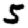
Digit: 5